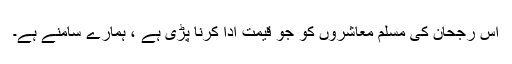
اس رجحان کی مسلم معاشروں کو جو قیمت ادا کرنا پڑی ہے ، ہمارے سامنے ہے۔